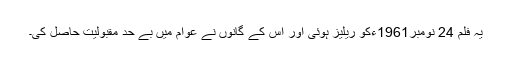
یہ فلم 24 نومبر1961ءکو ریلیز ہوئی اور اس کے گانوں نے عوام میں بے حد مقبولیت حاصل کی۔